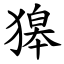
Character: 獆